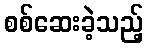
စစ်ဆေးခဲ့သည့်